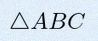
\triangle ABC